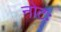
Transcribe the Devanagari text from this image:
नोटः